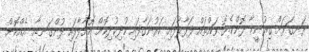
ރަނގަޅަށް ގިރުނީމާ ދޮންކެޔޮ ވައްތައް ފަޅާލާފައި ކަރުނަގާފައި ކުދިކުދިކޮށް ކޮށާލާފައި ފުށްގަނޑާއި އެއްކޮށް